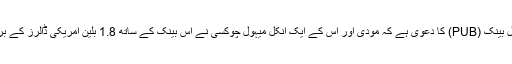
بھارت کے پنجاب نیشنل بینک (PUB) کا دعویٰ ہے کہ مودی اور اس کے ایک انکل میہول چوکسی نے اس بینک کے ساتھ 1.8 بلین امریکی ڈالرز کے برابر رقم کا فراڈ کیا ہے۔